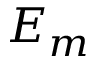
E _ { m }